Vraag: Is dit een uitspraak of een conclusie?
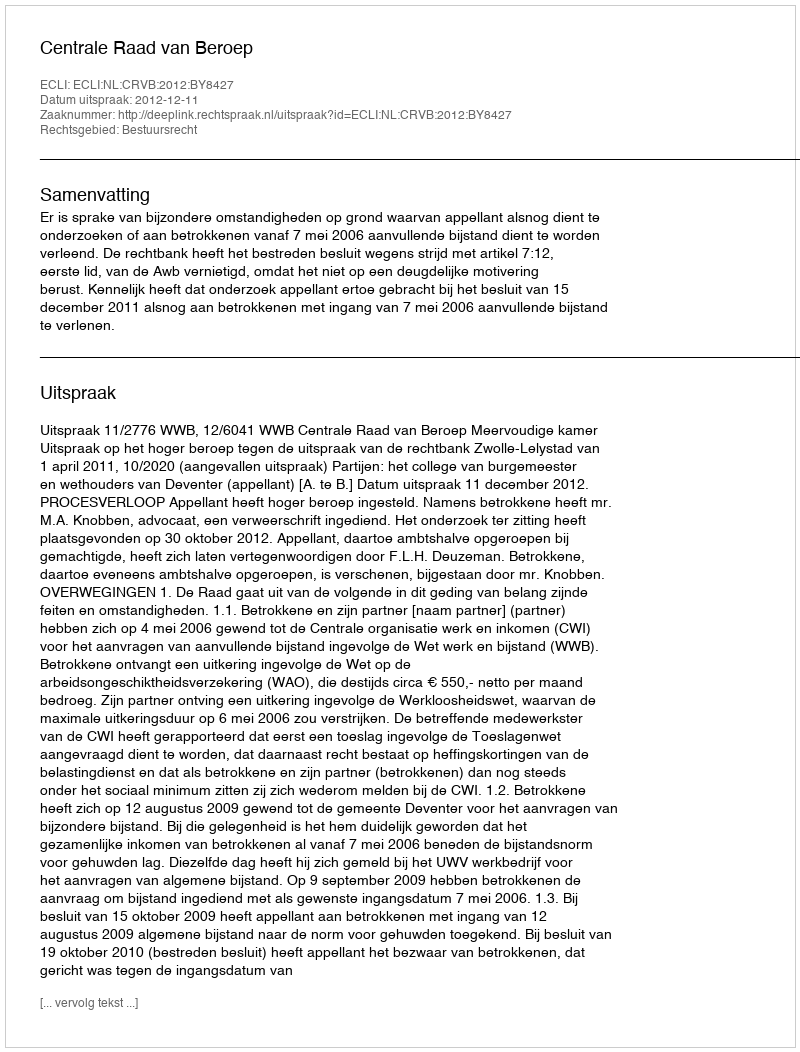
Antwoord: Uitspraak